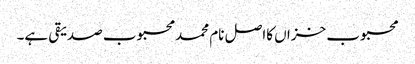
محبوب خزاں کااصل نام محمد محبوب صدیقی ہے۔